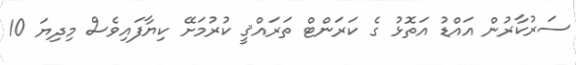
ސަރުކާރުން އައްޑު އަތޮޅު ގެ ކަރަންޓް ތަރައްޤީ ކުރުމަށޭ ކިޔާފައިވެސް މިދިޔަ 10